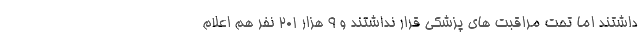
داشتند اما تحت مراقبت های پزشکی قرار نداشتند و ۹ هزار ۲۰۱ نفر هم اعلام